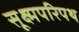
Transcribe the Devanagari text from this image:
सूक्ष्मपरिपथ